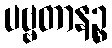
ပဗ္ဗတာနဉ္စ